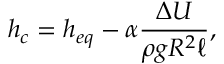
h _ { c } = h _ { e q } - \alpha \frac { \Delta { U } } { \rho g R ^ { 2 } \ell } ,